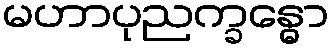
မဟာပုညက္ခန္ဓော